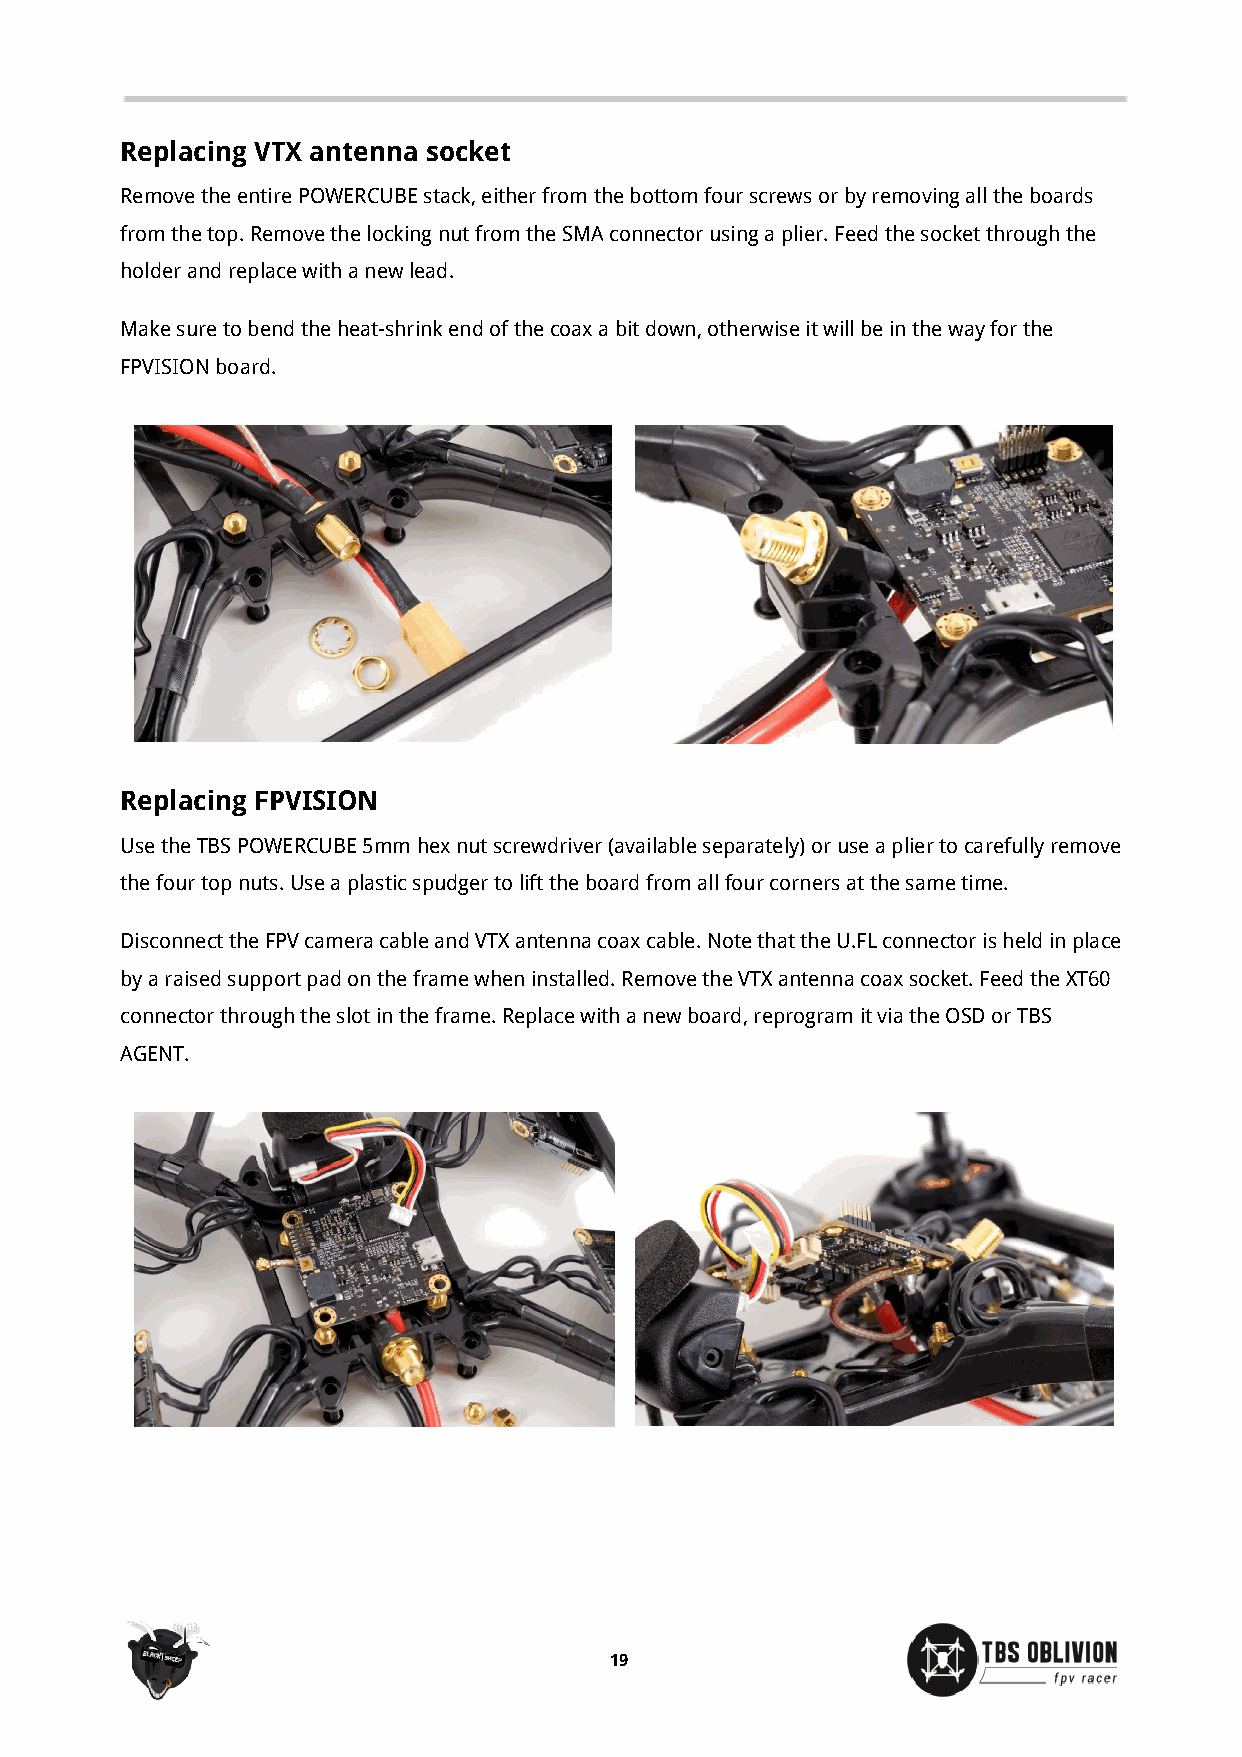
Replacing VTX antenna socket
 Remove the entire POWERCUBE stack, either from the bottom four screws or by removing all the boards
 from the top. Remove the locking nut from the SMA connector using a plier. Feed the socket through the
 holder and replace with a new lead.
 Make sure to bend the heat-shrink end of the coax a bit down, otherwise it will be in the way for the
 FPVISION board.
 Replacing FPVISION
 Use the TBS POWERCUBE 5mm hex nut screwdriver (available separately) or use a plier to carefully remove
 the four top nuts. Use a plastic spudger to lift the board from all four corners at the same time.
 Disconnect the FPV camera cable and VTX antenna coax cable. Note that the U.FL connector is held in place
 by a raised support pad on the frame when installed. Remove the VTX antenna coax socket. Feed the XT60
 connector through the slot in the frame. Replace with a new board, reprogram it via the OSD or TBS
 AGENT.
 19